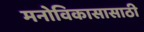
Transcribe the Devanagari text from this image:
मनोविकासासाठी